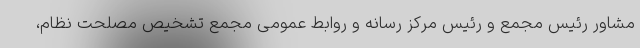
مشاور رئیس مجمع و رئیس مرکز رسانه و روابط عمومی مجمع تشخیص مصلحت نظام،